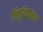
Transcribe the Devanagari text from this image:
टिपूविरूद्धच्या